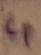
Text: 4